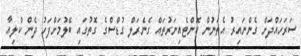
ސަރަހައްދަށް ގެންނައިރު އެތަނުން ކޮންޓެއިނަރުތައް ގެނެރަލް ގުޑްސްގެ ގޮތުގައި ބޭލުމަށްފަހު ދެން ކްލިއާ